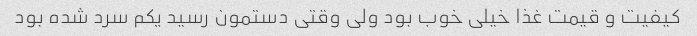
کیفیت و قیمت غذا خیلی خوب بود ولی وقتی دستمون رسید یکم سرد شده بود